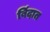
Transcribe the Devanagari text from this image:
बिंदात